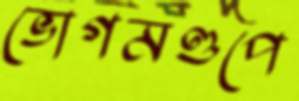
ভোগমণ্ডপে